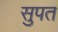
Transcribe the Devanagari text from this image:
सुपत